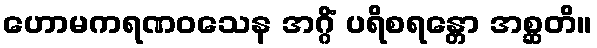
ဟောမကရဏဝသေန အဂ္ဂိံ ပရိစရန္တော အစ္ဆတိ။